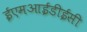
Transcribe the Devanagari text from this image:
ईएमआईडीईसी